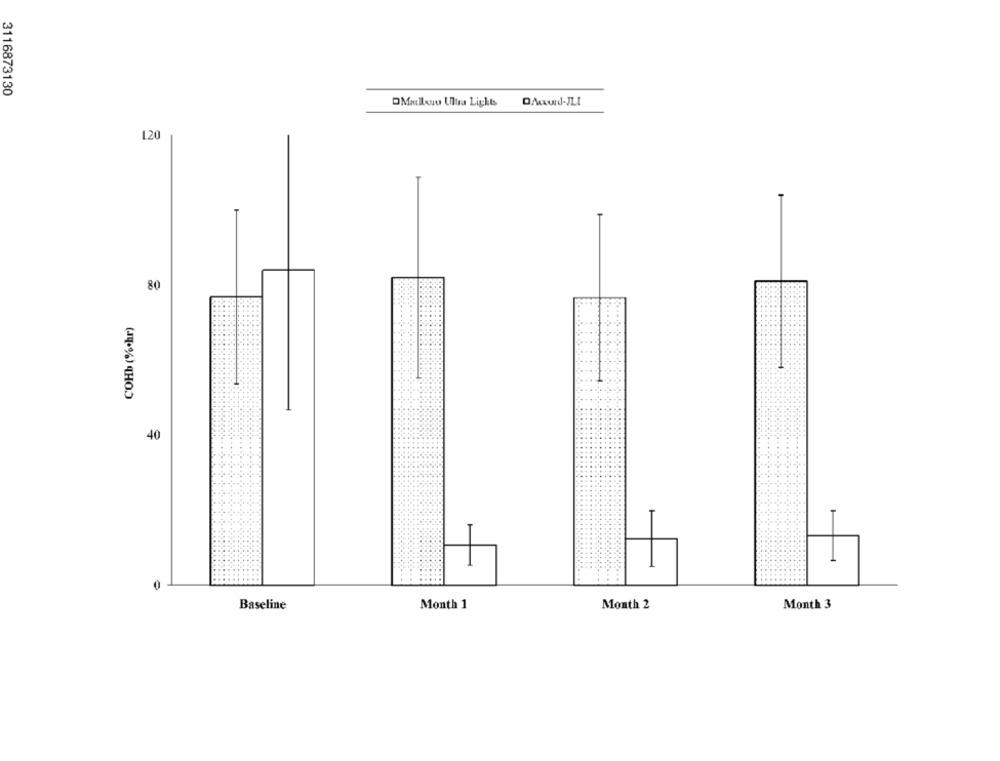
3116873130
OMallauu Ultra Lights
QAUNd-JLI
120
80
COHb (%*hr)
40
1
0
Baseline
Month 1
Month 2
Month 3